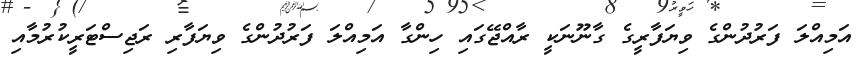
އަމިއްލަ ފަރުދުންގެ ވިޔަފާރީގެ ގާނޫނަކީ ރާއްޖޭގައި ހިންގާ އަމިއްލަ ފަރުދުންގެ ވިޔަފާރި ރަޖިސްޓަރީކުރުމާއި